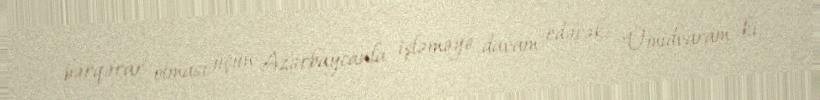
bərqərar olması üçün Azərbaycanla işləməyə davam edəcək: "Ümidvaram ki,